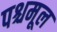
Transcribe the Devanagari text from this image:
पश्चमूल